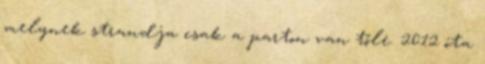
melynek strandja csak a parton van tőle. 2012 óta